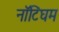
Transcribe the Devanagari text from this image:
नाॅटिंघम